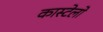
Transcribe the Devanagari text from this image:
कास्टेलो